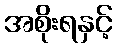
အစိုးရနှင့်